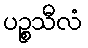
ပဉ္စသီလံ